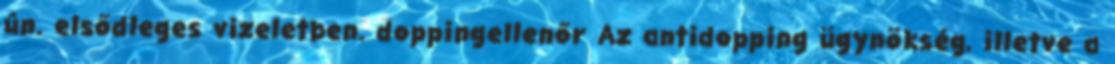
ún. elsődleges vizeletben. doppingellenőr Az antidopping ügynökség, illetve a